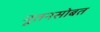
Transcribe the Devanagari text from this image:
नूतनसोबत